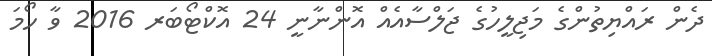
ދެން ރައްޔިތުންގެ މަޖިލީހުގެ ޖަލްސާއެއް އޮންނާނީ 24 އޮކްޓޯބަރ 2016 ވާ ހޯމަ